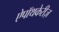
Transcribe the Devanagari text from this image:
ऐपॉथकेरीज़